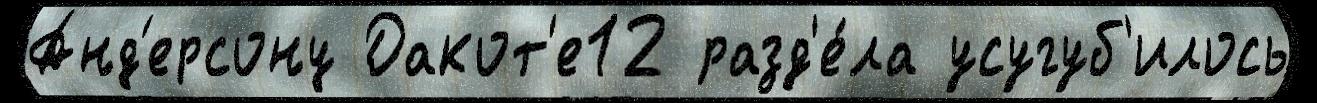
Анд'ерсону Дакот'е12 разд'е́ла усугуб'илось